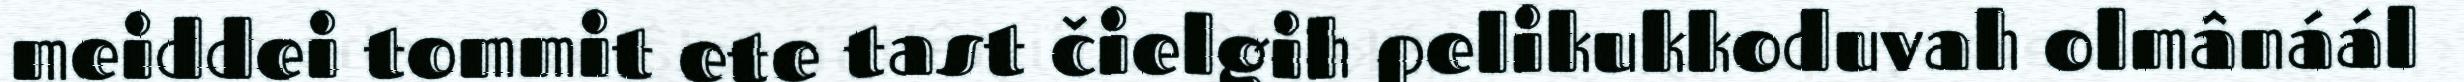
meiddei tommit ete tast čielgih pelikukkoduvah olmânáál